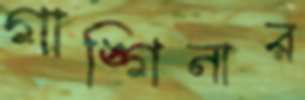
গাঙ্গিনার